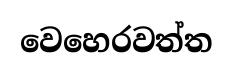
වෙහෙරවත්ත